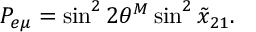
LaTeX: P _ { e \mu } = \sin ^ { 2 } 2 \theta ^ { M } \sin ^ { 2 } \tilde { x } _ { 2 1 } .